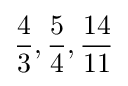
{\frac {4}{3}},{\frac {5}{4}},{\frac {14}{11}}